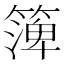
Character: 𥱼